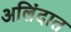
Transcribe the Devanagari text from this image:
अलिंदात